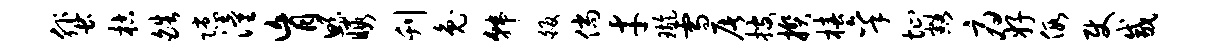
蜚枯皓隙潼肓鲧暇刊兔韩皈倘才璇雪屠搜揆椿秉址豁府好假使咸